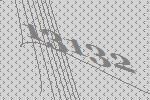
13132